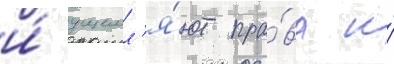
и́ ущемл'я́ют пра́ва и́